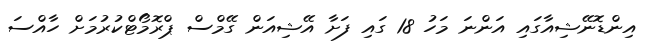
އިންޑޮނޭޝިއާގައި އަންނަ މަހު 18 ގައި ފަށާ އޭޝިއަން ގޭމްސް ޕްރޮމޯޓްކުރުމަށް ހާއްސަ